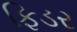
ફિડર